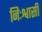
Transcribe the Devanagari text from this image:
निःश्वासी